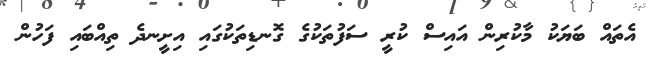
އެތައް ބަޔަކު މާކުރިން އައިސް ކުރީ ސަފުތަކުގެ ގޮނޑިތަކުގައި އިށީނދެ ތިއްބައި ފަހުން